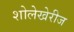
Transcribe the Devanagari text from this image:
शोलेखेरीज